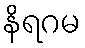
နိရဂမ